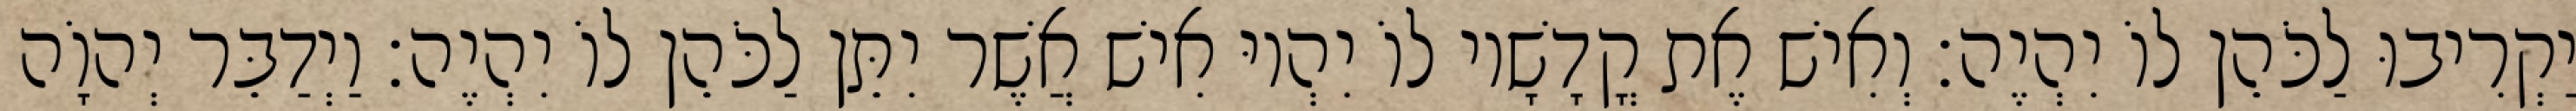
יַקְרִיבוּ לַכֹּהֵן לוֹ יִהְיֶה׃ וְאִישׁ אֶת קֳדָשָׁיו לוֹ יִהְיוּ אִישׁ אֲשֶׁר יִתֵּן לַכֹּהֵן לוֹ יִהְיֶה׃ וַיְדַבֵּר יְהוָֹה